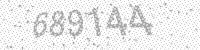
Solution: 689144